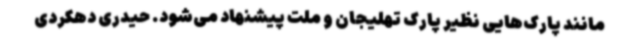
مانند پارک‌هایی نظیر پارک تهلیجان و ملت پیشنهاد می‌شود. حیدری دهکردی